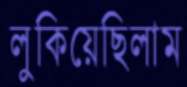
লুকিয়েছিলাম